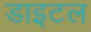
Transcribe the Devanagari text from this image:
डाइटल